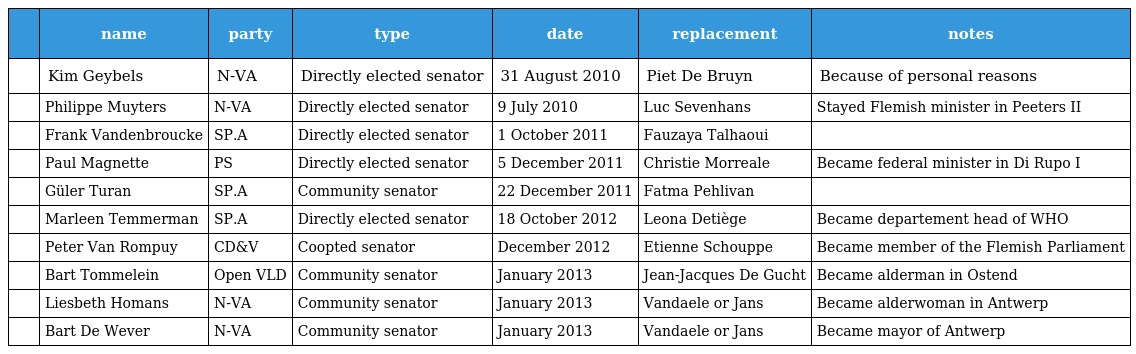
|  | name | party | type | date | replacement | notes |
 | --- | --- | --- | --- | --- | --- | --- |
 |  | Kim Geybels | N-VA | Directly elected senator | 31 August 2010 | Piet De Bruyn | Because of personal reasons |
 |  | Philippe Muyters | N-VA | Directly elected senator | 9 July 2010 | Luc Sevenhans | Stayed Flemish minister in Peeters II |
 |  | Frank Vandenbroucke | SP.A | Directly elected senator | 1 October 2011 | Fauzaya Talhaoui |  |
 |  | Paul Magnette | PS | Directly elected senator | 5 December 2011 | Christie Morreale | Became federal minister in Di Rupo I |
 |  | Güler Turan | SP.A | Community senator | 22 December 2011 | Fatma Pehlivan |  |
 |  | Marleen Temmerman | SP.A | Directly elected senator | 18 October 2012 | Leona Detiège | Became departement head of WHO |
 |  | Peter Van Rompuy | CD&V | Coopted senator | December 2012 | Etienne Schouppe | Became member of the Flemish Parliament |
 |  | Bart Tommelein | Open VLD | Community senator | January 2013 | Jean-Jacques De Gucht | Became alderman in Ostend |
 |  | Liesbeth Homans | N-VA | Community senator | January 2013 | Vandaele or Jans | Became alderwoman in Antwerp |
 |  | Bart De Wever | N-VA | Community senator | January 2013 | Vandaele or Jans | Became mayor of Antwerp |